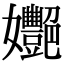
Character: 𡤸